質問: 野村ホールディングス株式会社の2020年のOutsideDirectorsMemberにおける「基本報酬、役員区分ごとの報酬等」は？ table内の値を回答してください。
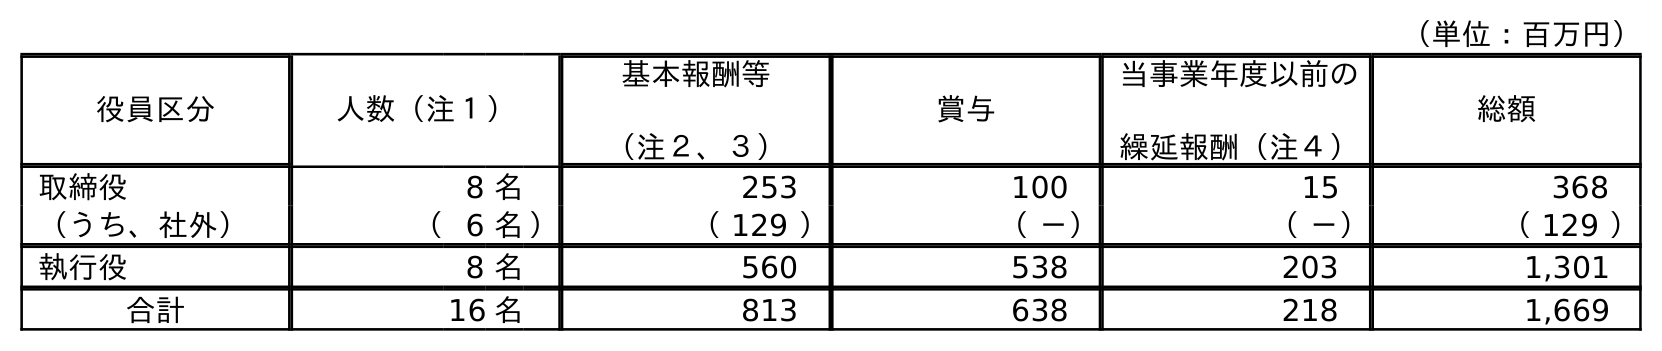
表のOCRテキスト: （単位：百万円） 役員区分 人数（注１） 基本報酬等 （注２、３） 賞与 当事業年度以前の 繰延報酬（注４） 総額 取締役 8 名 253 100 15 368 （うち、社外） （6 名） （ 129 ） （ －） （ －） （ 129 ） 執行役 8 名 560 538 203 1,301 合計 16 名 813 638 218 1,669
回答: （129）